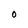
Character: O